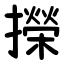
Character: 㩞